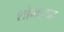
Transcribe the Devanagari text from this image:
शोभासह